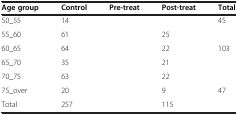
<table><thead><tr><td><b>Age group</b></td><td><b>Control</b></td><td><b>Pre-treat</b></td><td><b>Post-treat</b></td><td><b>Total</b></td></tr></thead><tbody><tr><td>50_55</td><td>14</td><td>[EMPTY_CELL]</td><td>[EMPTY_CELL]</td><td>45</td></tr><tr><td>55_60</td><td>61</td><td>[EMPTY_CELL]</td><td>25</td><td>[EMPTY_CELL]</td></tr><tr><td>60_65</td><td>64</td><td>[EMPTY_CELL]</td><td>22</td><td>103</td></tr><tr><td>65_70</td><td>35</td><td>[EMPTY_CELL]</td><td>21</td><td>[EMPTY_CELL]</td></tr><tr><td>70_75</td><td>63</td><td>[EMPTY_CELL]</td><td>22</td><td>[EMPTY_CELL]</td></tr><tr><td>75_over</td><td>20</td><td>[EMPTY_CELL]</td><td>9</td><td>47</td></tr><tr><td>Total</td><td>257</td><td>[EMPTY_CELL]</td><td>115</td><td>[EMPTY_CELL]</td></tr></tbody></table>